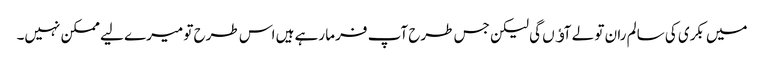
میں بکری کی سالم ران تو لے آﺅں گی لیکن جس طرح آپ فرما رہے ہیں اس طرح تو میرے لیے ممکن نہیں۔